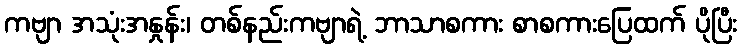
ကဗျာ အသုံးအနှုန်း၊ တစ်နည်းကဗျာရဲ့ ဘာသာစကား စာစကားပြေထက် ပိုပြီး